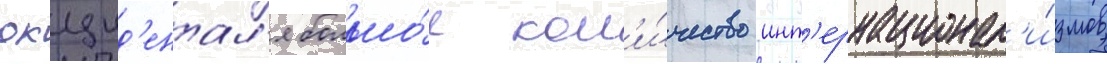
окцид'ентал'я большо́е кол'и́чество инт'ернационал'и́змов